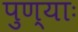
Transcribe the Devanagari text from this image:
पुण्याः